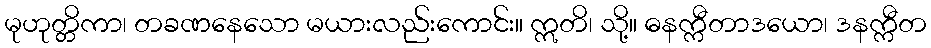
မုဟုတ္တိကာ၊ တခဏနေသော မယားလည်းကောင်း။ ဣတိ၊ သို့။ ဓနက္ကီတာဒယော၊ ဒနက္ကီတ